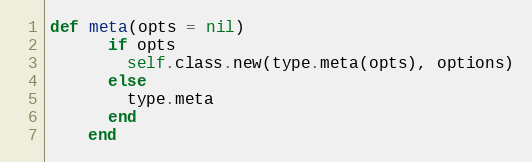
Language: Ruby
def meta(opts = nil)
      if opts
        self.class.new(type.meta(opts), options)
      else
        type.meta
      end
    end